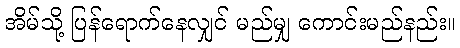
အိမ်သို့ ပြန်ရောက်နေလျှင် မည်မျှ ကောင်းမည်နည်း။